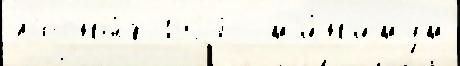
л'есны́х 1927  м'и́н'имум